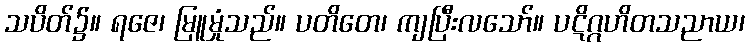
သပိတ်၌။ ရဇေ၊ မြူမှုံသည်။ ပတိတေ၊ ကျပြီးလသော်။ ပဋိဂ္ဂဟိတသညာယ၊